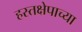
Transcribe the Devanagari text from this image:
हस्तक्षेपाच्या